Triennial report on the lunatic asylums in the province of Eastern Bengal and Assam - 1903-1911
Year: 1903
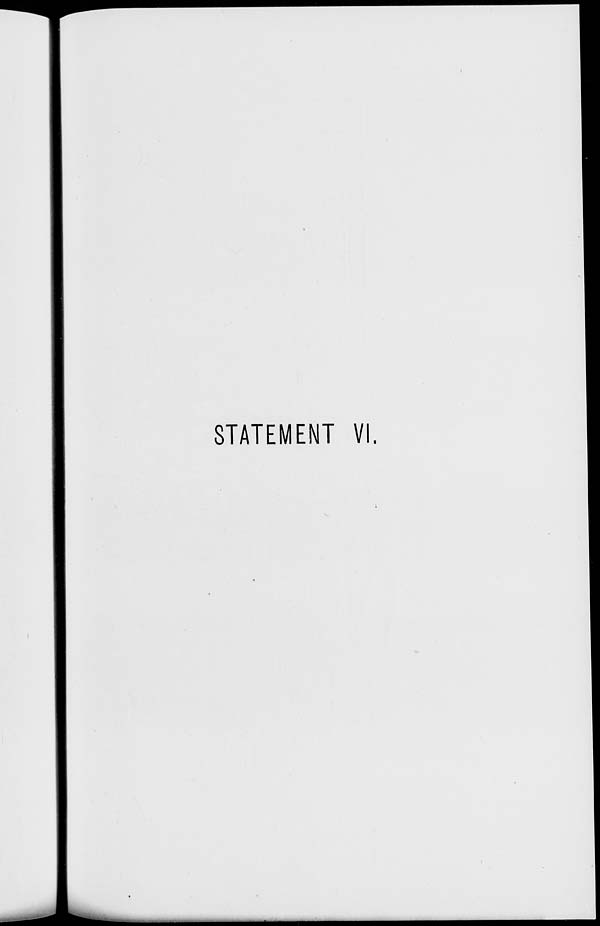
STATEMENT VI.